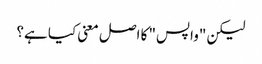
لیکن "واپس" کا اصل معنی کیا ہے؟